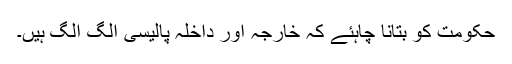
حکومت کو بتانا چاہئے کہ خارجہ اور داخلہ پالیسی الگ الگ ہیں۔